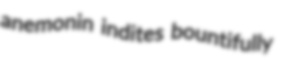
anemonin indites bountifully